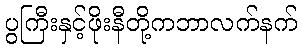
ပွကြီးနှင့်ဖိုးနီတို့ကဘာလက်နက်